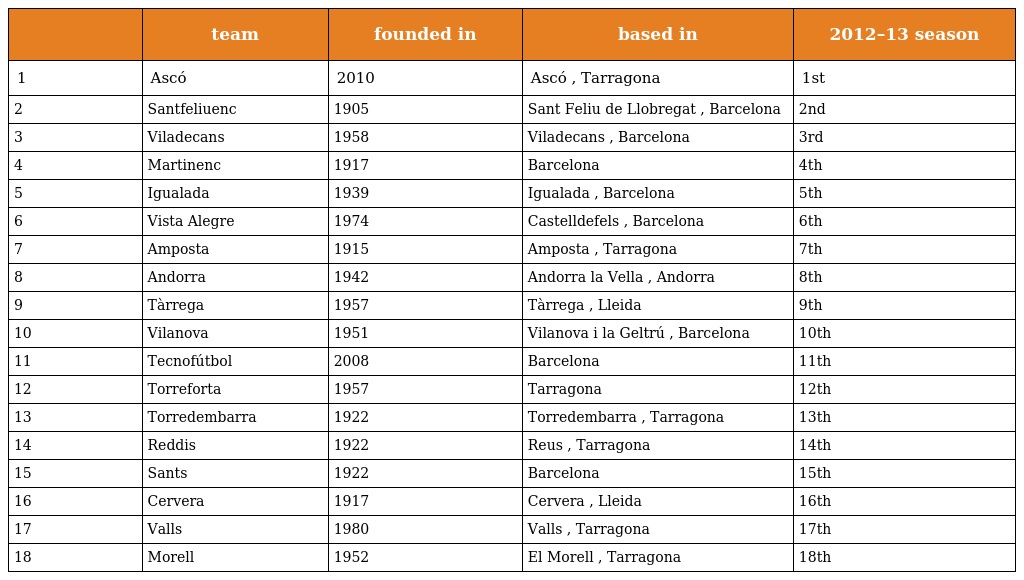
|  | team | founded in | based in | 2012–13 season |
 | --- | --- | --- | --- | --- |
 | 1 | Ascó | 2010 | Ascó , Tarragona | 1st |
 | 2 | Santfeliuenc | 1905 | Sant Feliu de Llobregat , Barcelona | 2nd |
 | 3 | Viladecans | 1958 | Viladecans , Barcelona | 3rd |
 | 4 | Martinenc | 1917 | Barcelona | 4th |
 | 5 | Igualada | 1939 | Igualada , Barcelona | 5th |
 | 6 | Vista Alegre | 1974 | Castelldefels , Barcelona | 6th |
 | 7 | Amposta | 1915 | Amposta , Tarragona | 7th |
 | 8 | Andorra | 1942 | Andorra la Vella , Andorra | 8th |
 | 9 | Tàrrega | 1957 | Tàrrega , Lleida | 9th |
 | 10 | Vilanova | 1951 | Vilanova i la Geltrú , Barcelona | 10th |
 | 11 | Tecnofútbol | 2008 | Barcelona | 11th |
 | 12 | Torreforta | 1957 | Tarragona | 12th |
 | 13 | Torredembarra | 1922 | Torredembarra , Tarragona | 13th |
 | 14 | Reddis | 1922 | Reus , Tarragona | 14th |
 | 15 | Sants | 1922 | Barcelona | 15th |
 | 16 | Cervera | 1917 | Cervera , Lleida | 16th |
 | 17 | Valls | 1980 | Valls , Tarragona | 17th |
 | 18 | Morell | 1952 | El Morell , Tarragona | 18th |